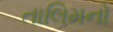
તાલિમનો